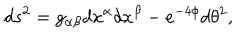
d s ^ { 2 } = g _ { \alpha \beta } d x ^ { \alpha } d x ^ { \beta } - e ^ { - 4 \phi } d \theta ^ { 2 } ,